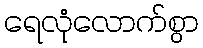
ရေလုံလောက်စွာ